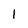
Character: 1